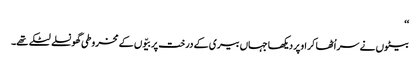
‘‘
بیٹوں نے سر اُٹھا کر اوپر دیکھا جہاں بیری کے درخت پر بیّوں کے مخروطی گھونسلے لٹکے تھے۔